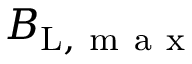
B _ { \mathrm { L } , \mathrm { ~ m ~ a ~ x ~ } }